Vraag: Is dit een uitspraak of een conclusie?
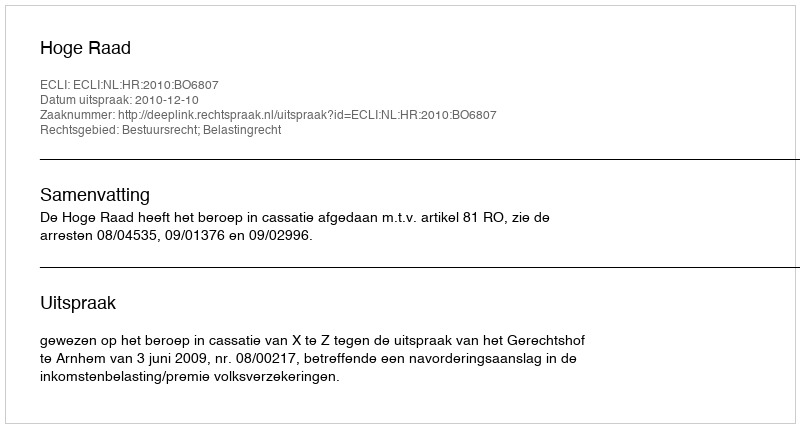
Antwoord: Uitspraak